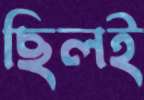
ছিলই